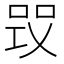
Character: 𠵪